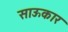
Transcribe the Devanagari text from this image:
साऊकार